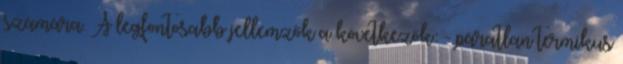
számára. A legfontosabb jellemzők a következők: - páratlan termikus